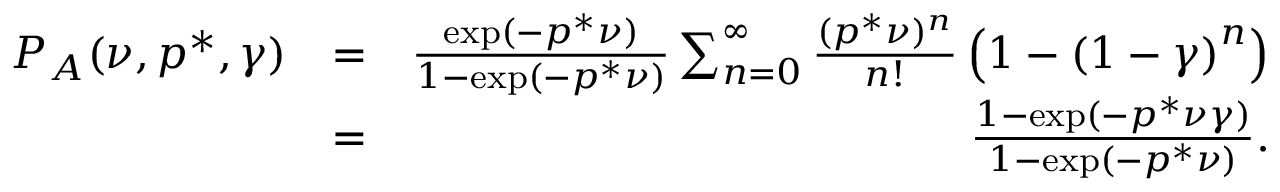
\begin{array} { r l r } { P _ { A } ( \nu , p ^ { * } , \gamma ) } & { = } & { \frac { \exp ( - p ^ { * } \nu ) } { 1 - \exp ( - p ^ { * } \nu ) } \sum _ { n = 0 } ^ { \infty } \frac { ( p ^ { * } \nu ) ^ { n } } { n ! } \left( 1 - \left( 1 - \gamma \right) ^ { n } \right) } \\ & { = } & { \frac { 1 - \exp ( - p ^ { * } \nu \gamma ) } { 1 - \exp ( - p ^ { * } \nu ) } . } \end{array}